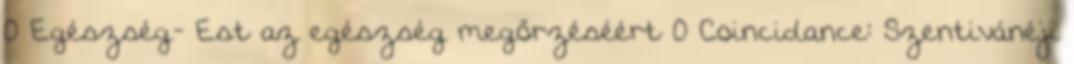
0 Egészség- Est az egészség megőrzéséért 0 Coincidance: Szentivánéji